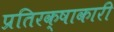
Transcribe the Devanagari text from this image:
प्रतिरक्षाकारी